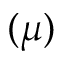
( \mu )